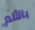
بالألم